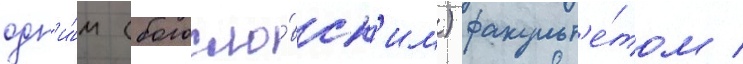
одн'и́м (богосло́вск'им) факульт'е́том /